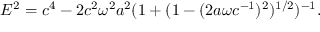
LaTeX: E ^ { 2 } = c ^ { 4 } - 2 c ^ { 2 } \omega ^ { 2 } a ^ { 2 } ( 1 + ( 1 - ( 2 a \omega c ^ { - 1 } ) ^ { 2 } ) ^ { 1 / 2 } ) ^ { - 1 } .